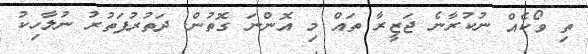
ތި ވޯކެއް ނުކުރާނެ ޖަޒީރާ ތައް މި އޮންނަ ގޮތުން. ދަތުރުފަތުރު ނުލާހިކު